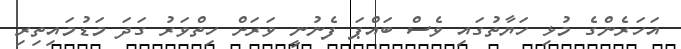
އަހަރެންގެ މުޅި ހަޔާތުގައި ވެސް ބައްޕަ ފެނުނީ ވަރަށް ހިތްވަރު ގަދަ މަޑުމައިތިރި